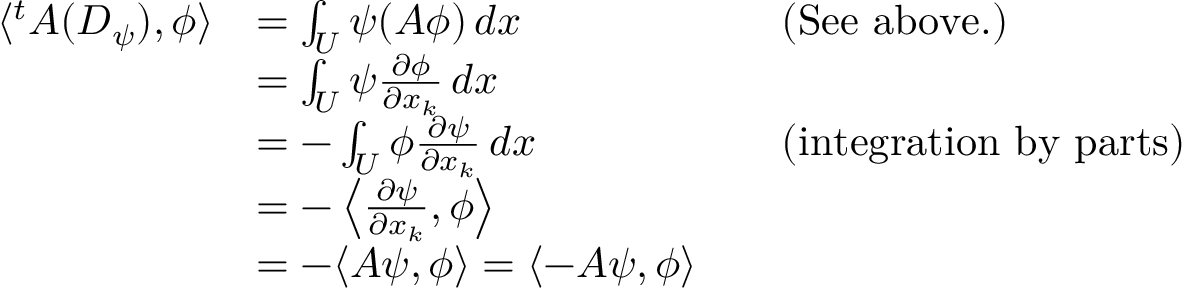
{ \begin{array} { r l r l } { \langle ^ { t } A ( D _ { \psi } ) , \phi \rangle } & { = \int _ { U } \psi ( A \phi ) \, d x } & & { { \mathrm { ( S e e ~ a b o v e . ) } } } \\ & { = \int _ { U } \psi { \frac { \partial \phi } { \partial x _ { k } } } \, d x } \\ & { = - \int _ { U } \phi { \frac { \partial \psi } { \partial x _ { k } } } \, d x } & & { { \mathrm { ( i n t e g r a t i o n ~ b y ~ p a r t s ) } } } \\ & { = - \left\langle { \frac { \partial \psi } { \partial x _ { k } } } , \phi \right\rangle } \\ & { = - \langle A \psi , \phi \rangle = \langle - A \psi , \phi \rangle } \end{array} }